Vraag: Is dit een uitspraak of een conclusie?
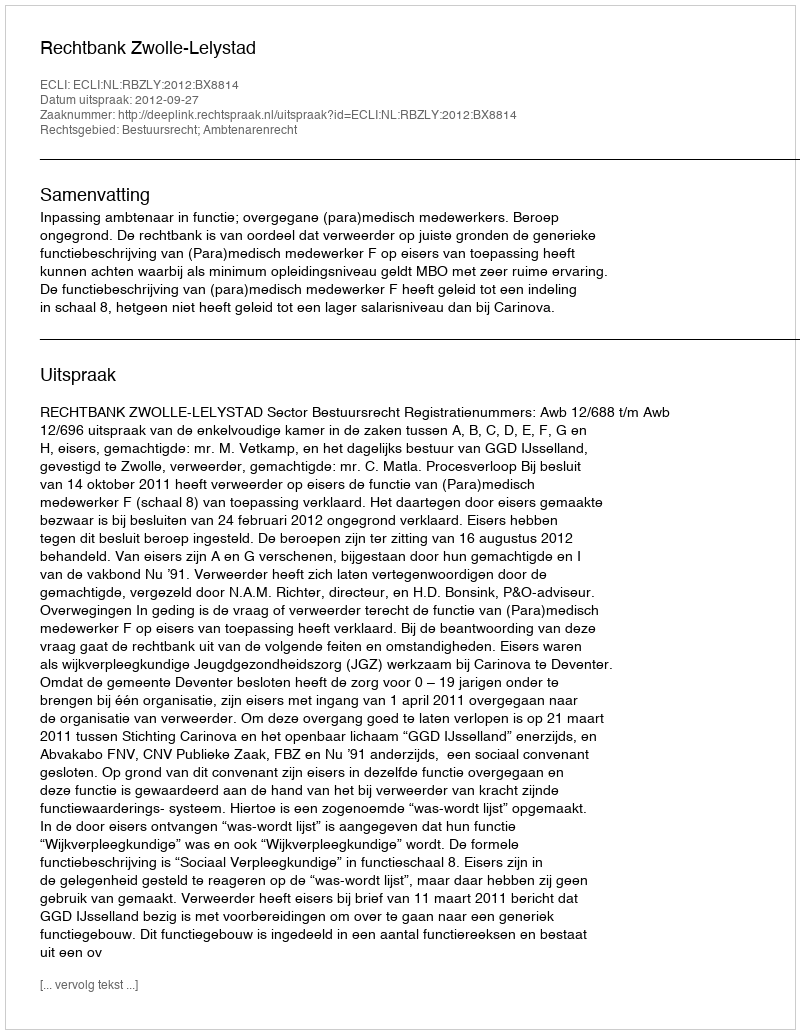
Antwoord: Uitspraak